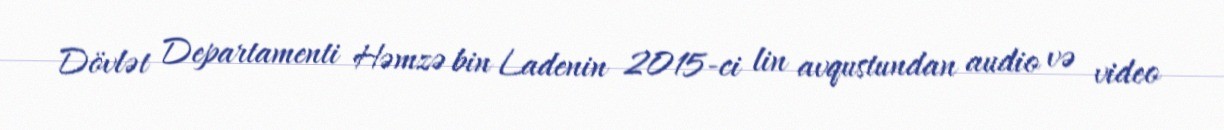
Dövlət Departamenti Həmzə bin Ladenin 2015-ci lin avqustundan audio və video